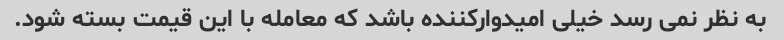
به نظر نمی رسد خیلی امیدوارکننده باشد که معامله با این قیمت بسته شود.